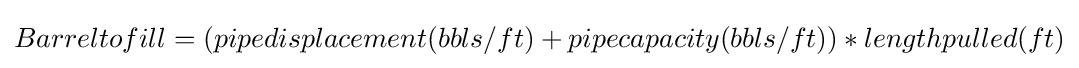
Barreltofill=(pipedisplacement(bbls/ft)+pipecapacity(bbls/ft))*lengthpulled(ft)